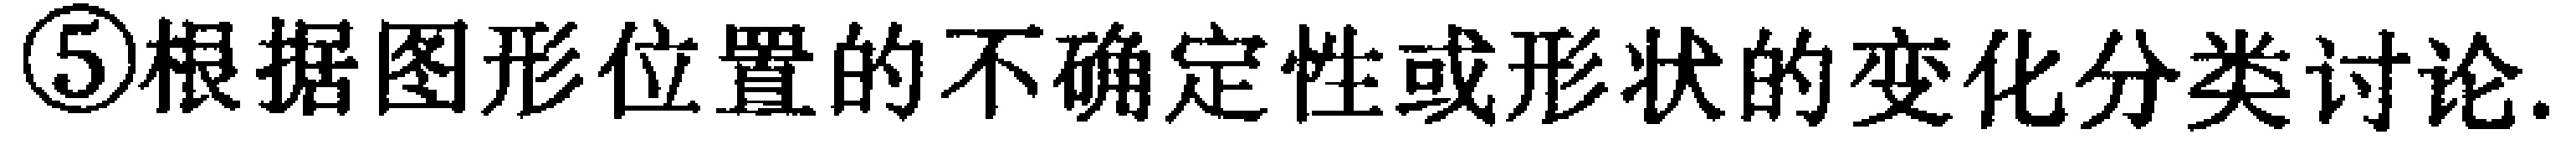
\textcircled{5}根据图形位置的不确定性或形状的变化分类讨论.